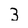
Character: 3